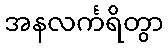
အနလင်္ကရိတွာ